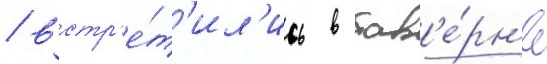
/ встр'е́т'ил'ись в тав'е́рн'е